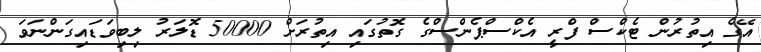
އޭގެ އިތުރުން ޓެކްސް ފްރީ އެކްސްޕެންސްގެ ގޮތުގައި އިތުރަށް 50000 ޑޮލަރު ލިބިވަޑައިގަންނަވަ